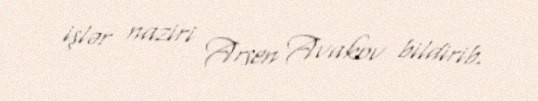
işlər naziri Arsen Avakov bildirib.